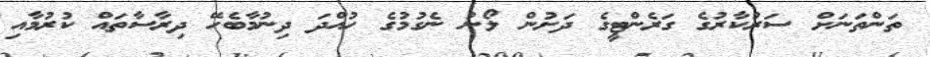
ތަންތަނަށް ސަރުކާރުގެ ގަރެންޓީގެ ދަށުން ލޯނު ނެގުމުގެ ހުއްދަ ދިނުމާބެހޭ ދިރާސާތައް ކުރުމާއި